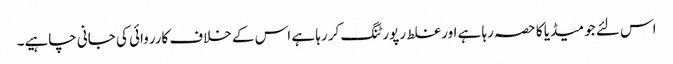
اس لئے جو میڈیا کا حصہ رہا ہے اور غلط رپورٹنگ کر رہا ہے اس کے خلاف کارروائی کی جانی چاہیے۔